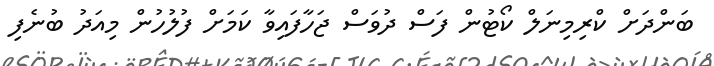
ބަންދަށް ކްރިމިނަލް ކޯޓުން ފަސް ދުވަސް ޖަހާފައިވާ ކަމަށް ފުލުހުން މިއަދު ބުނެފި